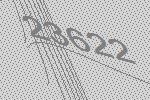
23622